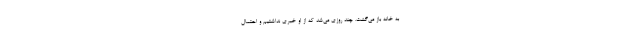
به خانه باز می‌گشت. چند روزی می‌شد که از او خبری نداشتیم و احتمال